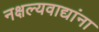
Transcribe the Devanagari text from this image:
नक्षल्यवाद्यांना